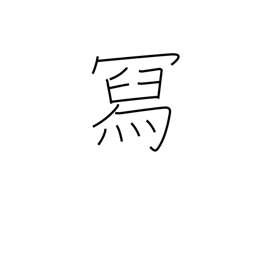
Meaning: compose